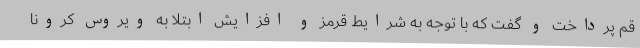
قم پرداخت و گفت که با توجه به شرایط قرمز و افزایش ابتلا به ویروس کرونا